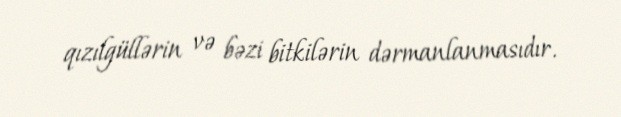
qızılgüllərin və bəzi bitkilərin dərmanlanmasıdır.